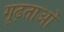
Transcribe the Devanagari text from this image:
गूढ़ताओं